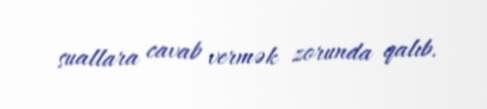
suallara cavab vermək zorunda qalıb.